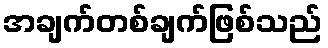
အချက်တစ်ချက်ဖြစ်သည်